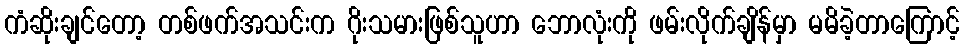
ကံဆိုးချင်တော့ တစ်ဖက်အသင်းက ဂိုးသမားဖြစ်သူဟာ ဘောလုံးကို ဖမ်းလိုက်ချိန်မှာ မမိခဲ့တာကြောင့်